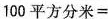
$$1 0 0 平 方 分 米 =